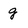
Character: g